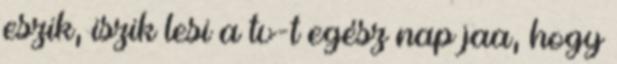
eszik, iszik lesi a tv-t egész nap jaa, hogy